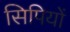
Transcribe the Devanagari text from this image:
सिपियों